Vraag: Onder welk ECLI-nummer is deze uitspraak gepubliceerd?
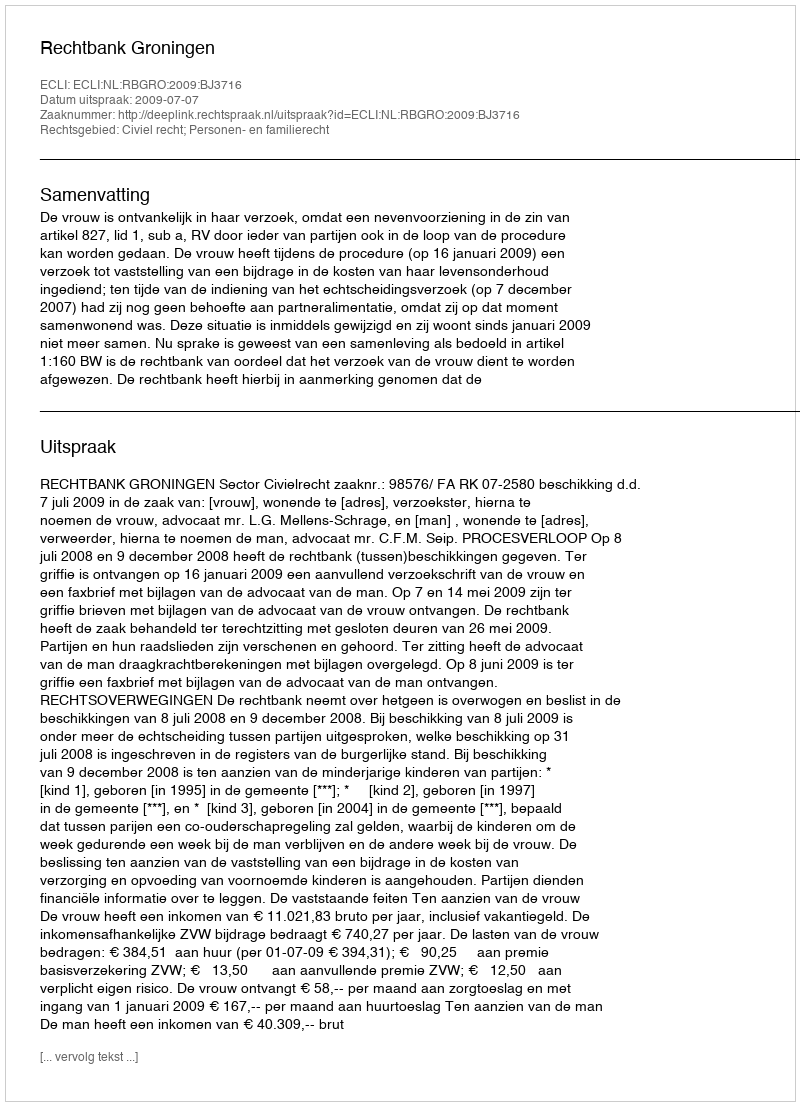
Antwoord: ECLI:NL:RBGRO:2009:BJ3716